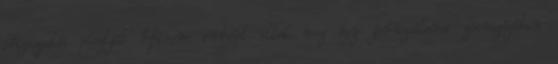
főigazgatói posztját Három embert öltek meg egy jeruzsálemi zsinagógában